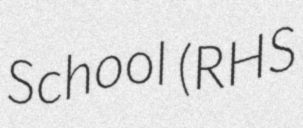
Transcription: School (RHS